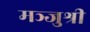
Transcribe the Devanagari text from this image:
मञ्जुश्री